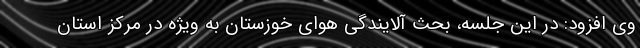
وی افزود: در این جلسه، بحث آلایندگی هوای خوزستان به ویژه در مرکز استان